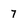
Character: 7